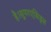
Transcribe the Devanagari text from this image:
है।सुपरएसिड्स